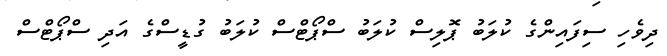
ދިވެހި ސިފައިންގެ ކުލަބު ޕޮލިސް ކުލަބު ސްޕޯޓްސް ކުލަބު ގުޑީސްގެ އަދި ސްޕޯޓްސް